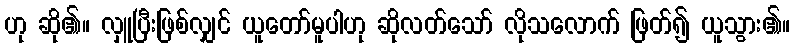
ဟု ဆို၏။ လှူပြီးဖြစ်လျှင် ယူတော်မူပါဟု ဆိုလတ်သော် လိုသလောက် ဖြတ်၍ ယူသွား၏။